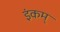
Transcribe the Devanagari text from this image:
इंकम्